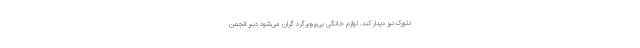
نتورک نیز دیدار کند. لوازم خانگی بی‌بروبرگرد گران می‌شود دبیر انجمن